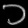
Digit: ၁